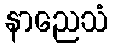
နာညေသံ